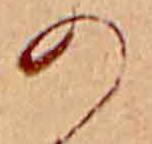
の